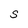
Character: S